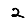
Digit: 2